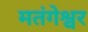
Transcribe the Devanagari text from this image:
मतंगेश्वर